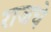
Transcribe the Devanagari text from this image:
राजचे